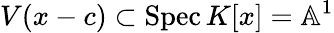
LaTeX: V(x-c)\subset\operatorname{Spec}K[x]=\mathbb{A}^{1}